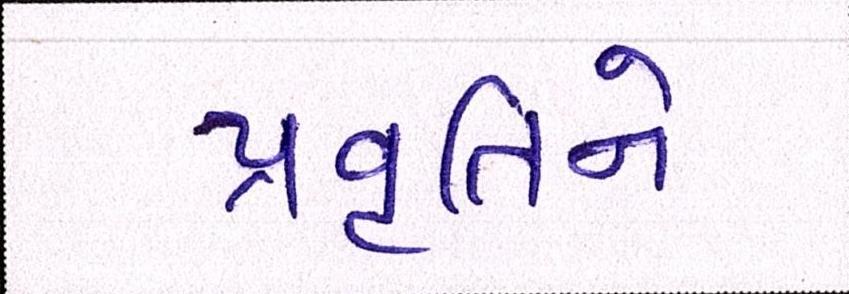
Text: પ્રવૃતિને